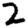
Digit: 2